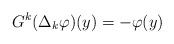
LaTeX: \begin{align*}G^k(\Delta_k\varphi)(y)=-\varphi(y) \end{align*}